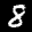
Label: 8